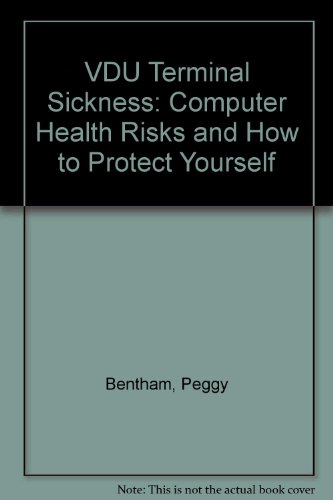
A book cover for VDU Terminal Sickness: Computer Health Risks and How to Protect Yourself and Comply With the DSE Directive and Latest International Safety Standards; Peggy Bentham; Health, Fitness & Dieting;